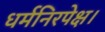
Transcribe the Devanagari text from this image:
धर्मनिरपेक्ष।